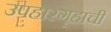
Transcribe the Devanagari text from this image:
उपहारगृहाची